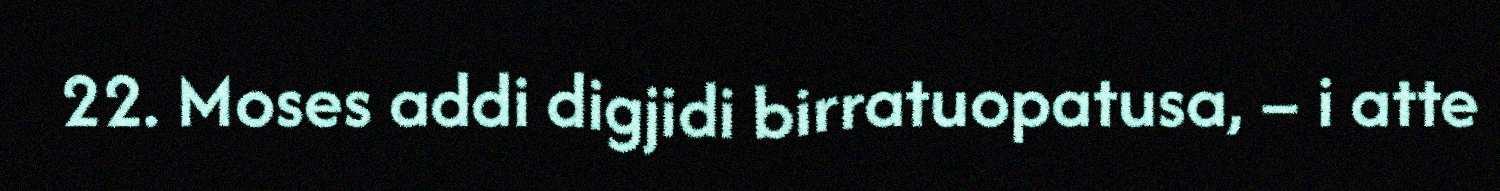
22. Moses addi digjidi birratuopatusa, – i atte